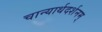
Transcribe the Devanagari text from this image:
चान्यार्थदर्शनम्